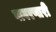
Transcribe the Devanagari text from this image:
वावरणारी